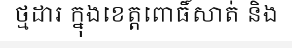
ថ្មដារ ក្នុងខេត្តពោធិ៍សាត់ និង